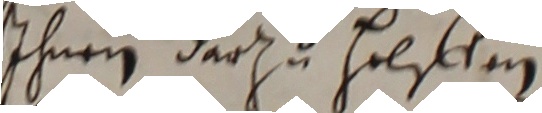
ihnen darzu helffen